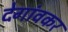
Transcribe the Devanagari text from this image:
देगांवकर